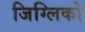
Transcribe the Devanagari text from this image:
जिग्लिको